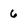
Character: 6